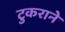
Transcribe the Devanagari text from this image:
टुकराने